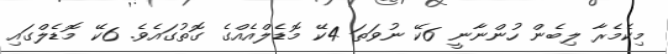
މިކެމެރާ ލިބެން ހުންނާނީ 6ކޭ ނުވަތަ 4ކޭ މޮޑެލްއެއްގެ ގޮތުގައެވެ. 6ކޭ މޮޑެލްގައި